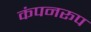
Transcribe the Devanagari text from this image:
कंपनरूप